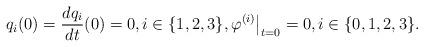
LaTeX: \begin{align*} q_i(0) = \frac{d q_i}{dt}(0)=0, i\in \{1,2,3\}, \varphi^{(i)}\big|_{t=0} =0, i\in\{0, 1,2,3\}.\end{align*}